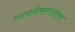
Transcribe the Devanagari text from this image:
व्यापारीकरणानंतर